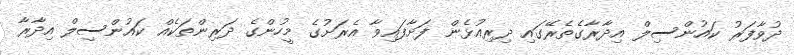
ދުވާފަރު ކައުންސިލް އިދާރާގެތެރޭގައި ދިރިއުޅެން ފަށާފައިވާ އެރަށުގެ މީހުންގެ ދަރިންތަކެއް ކައުންސިލް އިދާރާ